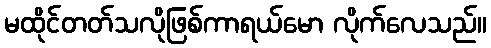
မထိုင်တတ်သလိုဖြစ်ကာရယ်မော လိုက်လေသည်။